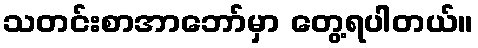
သတင်းစာအာဘော်မှာ တွေ့ရပါတယ်။